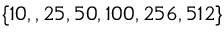
\{ 1 0 , , 2 5 , 5 0 , 1 0 0 , 2 5 6 , 5 1 2 \}